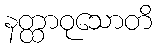
နတ္ထာဝုသောတိ